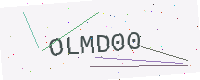
Text: OLMD00